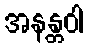
အနန္တဝါ